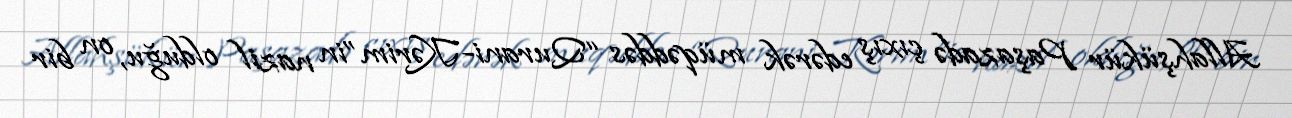
Allahşükür Paşazadə çıxış edərək müqəddəs “Qurani-Kərim”in nazil olduğu, on bir